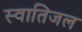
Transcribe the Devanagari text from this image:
स्वातिजल